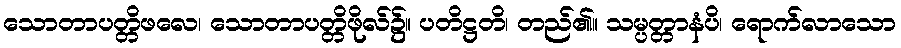
သောတာပတ္တိဖလေ၊ သောတာပတ္တိဖိုလ်၌။ ပတိဋ္ဌတိ၊ တည်၏။ သမ္ပတ္တာနံပိ၊ ရောက်လာသော